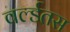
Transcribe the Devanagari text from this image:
वर्ल्डतस